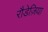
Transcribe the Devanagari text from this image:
रौडेज़िया